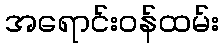
အရောင်းဝန်ထမ်း